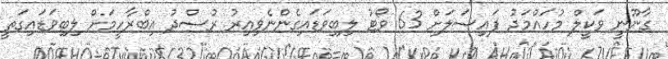
ގާނޫނީ ވަކީލް މުހައްމަދު ފައިސަލަށް 63 ވޯޓު ލިބިވަޑައިގެންނެވިއިރު ރުސްދު އިބްރާހީމަށް ލިބިވަޑައިގަތީ